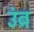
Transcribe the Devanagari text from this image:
उंब्र